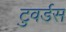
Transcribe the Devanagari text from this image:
टुवर्डस